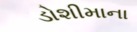
ડોશીમાના